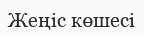
Жеңіс көшесі